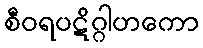
စီဝရပဋိဂ္ဂါဟကော